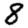
Digit: 8